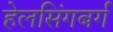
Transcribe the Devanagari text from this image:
हेलसिंगबर्ग